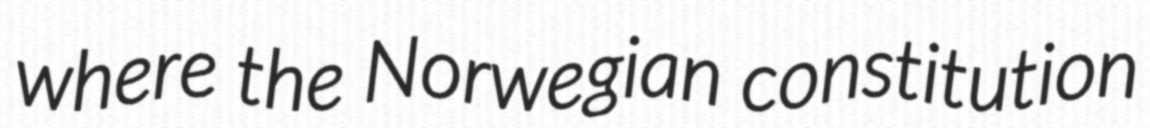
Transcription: where the Norwegian constitution